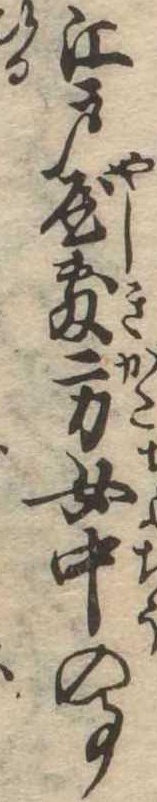
江戸屋敷方女中の事